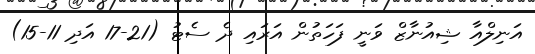
އަނިލްއާ ޝިއުނާޒް ވަނީ ފަހަތުން އަަރައި ދެ ސެޓު (21-17 އަދި 11-15)